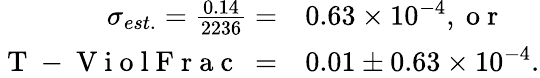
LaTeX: \begin{array}{rl}{\sigma_{est.}=\frac{0.14}{2236}=}&{{}0.63\times 10^{-4},\mathrm{~o~r~}}\\ {\mathrm{~T~-~V~i~o~l~F~r~a~c~\ }=}&{{}0.01\pm 0.63\times 10^{-4}.}\end{array}